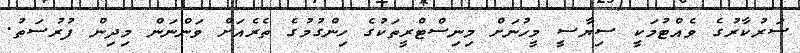
ސަރުކާރުގެ ވެއްޓުމަކީ ސިޔާސީ މީހުނަށް މިނިސްޓްރީތަކުގެ ހިންގުމުގެ ތެރެއަށް ވަންނަން މިދިން ފުރުސަތު.